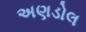
અણડોલ